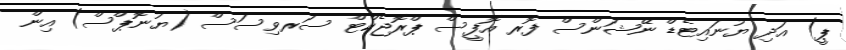
ޕީ) އަދި ޔުނައިޓެޑް ނޭޝަންސް ފޮރ އޮފީސް ޕްރޮޖެކްޓް ސަރވިސަސް (ޔުނޮޕްސް) އިން